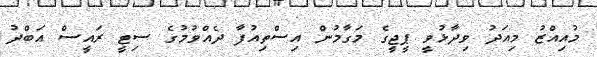
މުއިއްޒު މިއަދު ވިދާޅުވީ ޕީޖީގެ މަގާމުން އިސްތިއުފާ ދެއްވުމުގެ ސިޓީ ރައީސް އަބްދު